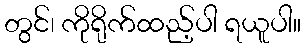
တွင်၊ ကိုရိုက်ထည့်ပါ ရယူပါ။